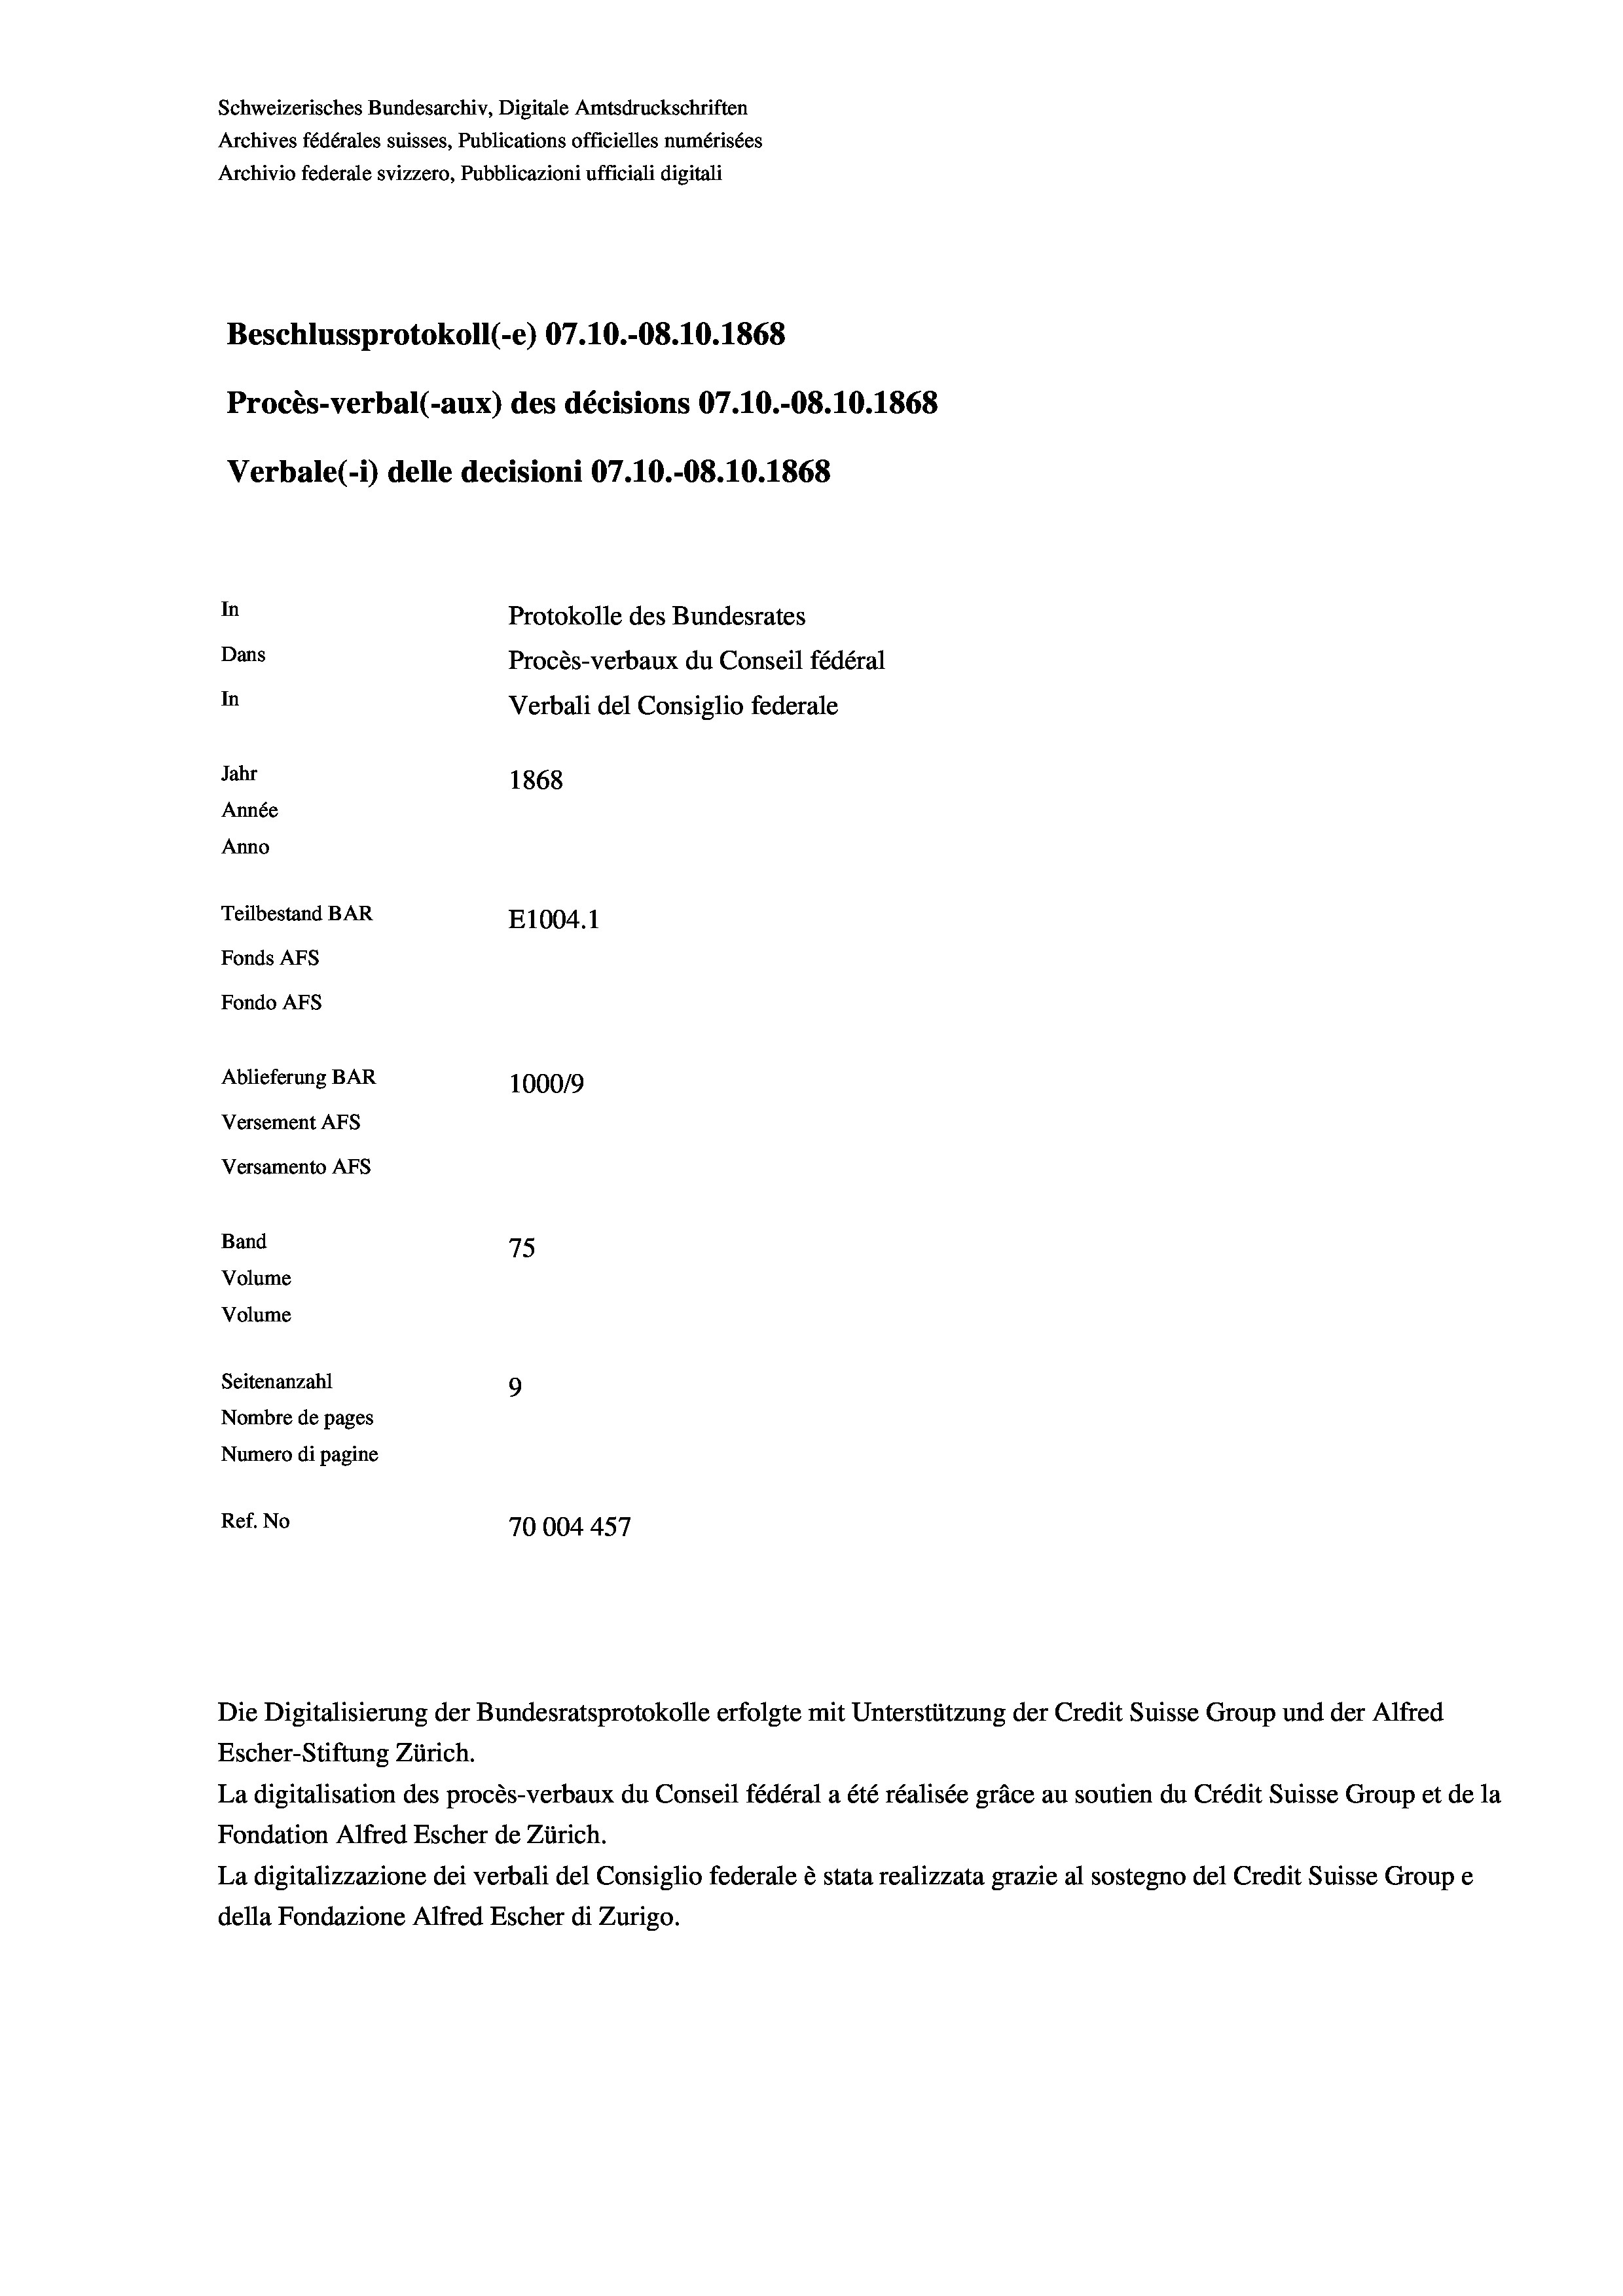
Schweizerisches Bundesarchiv, Digitale Amtsdruckschriften
Archives fédérales suisses, Publications officielles numérisées
Archivio federale svizzero, Pubblicazioni ufficiali digitali
Beschlussprotokoll (-e) 07.10.-08.10.1868
Procès-verbal (-aux) des décisions 07.10.-08.10.1868
Verbale (- 1) delle decisioni 07.10.-08.10.1868
In
Protokolle des Bundesrates
Dans
Procès-verbaux du Conseil fédéral
In
Verbali del Consiglio federale
Jahr
1868
Année
Anno
Teilbestand BAR
E1004.1
Fonds AFs
Fondo AFS
Ablieferung BAR
100019
Versement As
Versamento AFs
Band
75
Volume
Volume
Seitenanzahl
9
Nombre de pages
Numero di pagine
Ref. No
70004457

Die Digitalisierung der Bundesratsprotokolle erfolgte mit Unterstützung der Credit Suisse Group und der Alfred
Escher-Stiftung Zürich.
La digitalisation des procès-verbaux du Conseil fédéral a été réalisée gräce au soutien du Crédit Suisse Group et de la
Fondation Alfred Escher de Zürich.
La digitalizzazione dei verbali del Consiglio federale è stata realizzata grazie al sostegno del Credit Suisse Groupe
della Fondazione Alfred Escher di Zurigo.